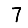
Digit: 7